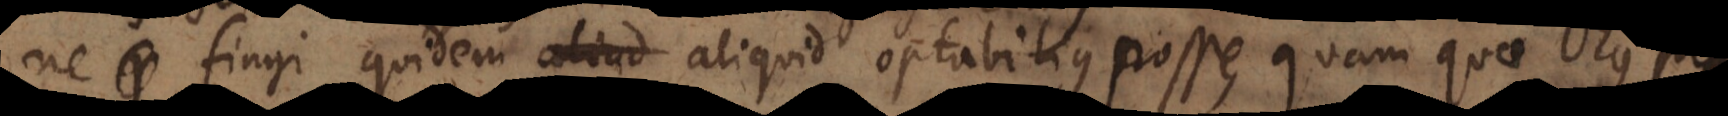
ne fingi quidem aliud aliquid optabilius posse, his quos